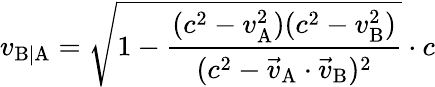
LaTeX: v_{\mathrm{B|A}}={\sqrt{1-{\frac{(c^{2}-v_{\mathrm{A}}^{2})(c^{2}-v_{\mathrm{B}}^{2})}{(c^{2}-{\vec{v}}_{\mathrm{A}}\cdot{\vec{v}}_{\mathrm{B}})^{2}}}}}\cdot c